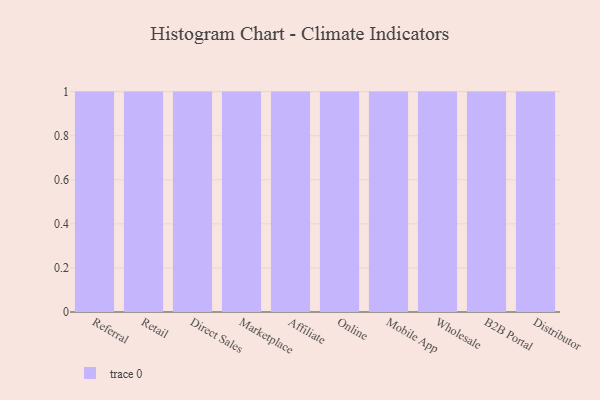
{"axis": {"x": "Channel", "y": "Satisfaction Score"}, "legend": [""], "data": [{"x": "Referral", "y": 23, "type": ""}, {"x": "Retail", "y": 18, "type": ""}, {"x": "Direct Sales", "y": 82, "type": ""}, {"x": "Marketplace", "y": 78, "type": ""}, {"x": "Affiliate", "y": 36, "type": ""}, {"x": "Online", "y": 38, "type": ""}, {"x": "Mobile App", "y": 21, "type": ""}, {"x": "Wholesale", "y": 65, "type": ""}, {"x": "B2B Portal", "y": 80, "type": ""}, {"x": "Distributor", "y": 85, "type": ""}]}